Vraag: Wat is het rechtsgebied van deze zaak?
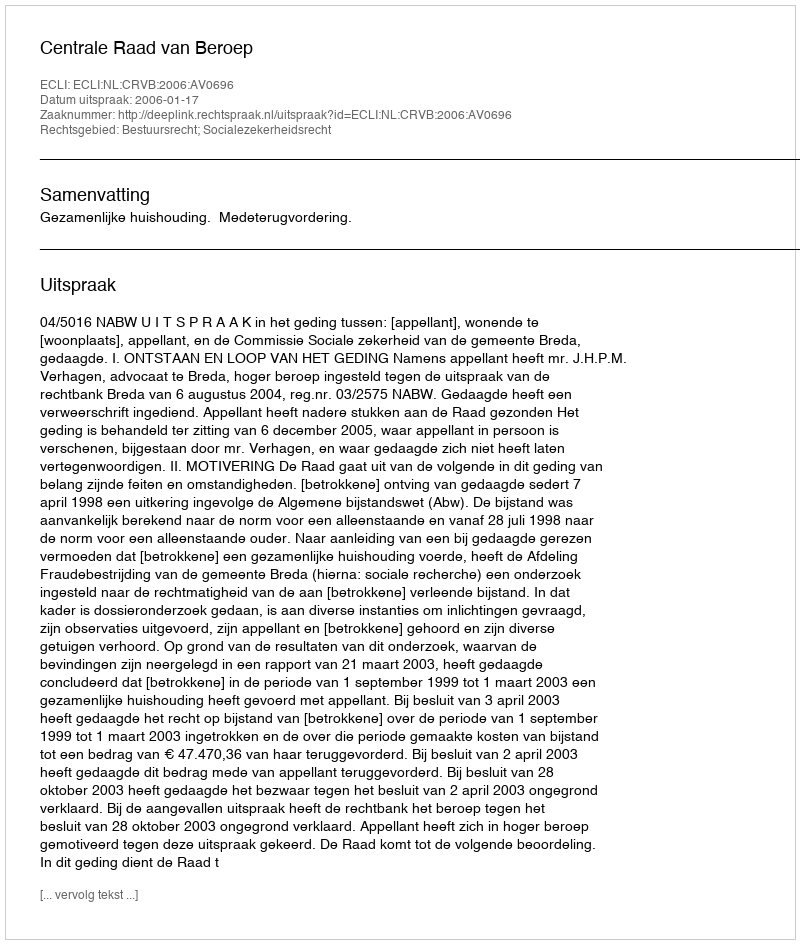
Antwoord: Bestuursrecht; Socialezekerheidsrecht